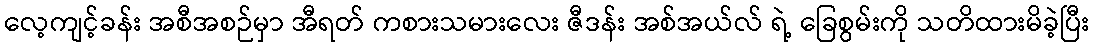
လေ့ကျင့်ခန်း အစီအစဉ်မှာ အီရတ် ကစားသမားလေး ဇီဒန်း အစ်အယ်လ် ရဲ့ ခြေစွမ်းကို သတိထားမိခဲ့ပြီး